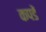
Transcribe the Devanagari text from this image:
कपडें